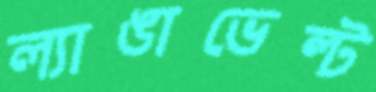
ল্যাঙাভেল্ট